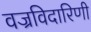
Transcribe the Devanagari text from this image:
वज्रविदारिणी